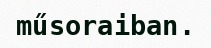
műsoraiban.